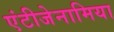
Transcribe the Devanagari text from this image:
एंटीजेनामिया